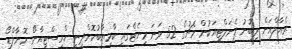
ރެއާލްއަށް ލިބުނު ޕެނަލްޓީއަކުން މެޗުގެ 52 ވަނަ މިނެޓްގައި ކާމިޔާބުކޮށްދިނީ ކްރިސްޓިއާނޯ ރޮނާލްޑޯ